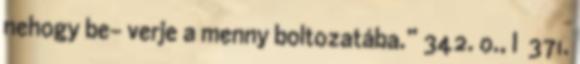
nehogy be- verje a menny boltozatába.” 342. o., I 371.